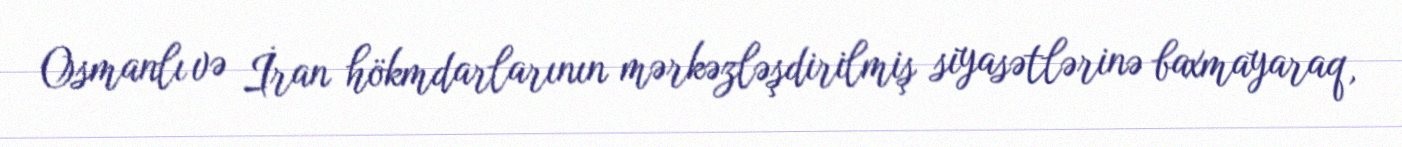
Osmanlı və İran hökmdarlarının mərkəzləşdirilmiş siyasətlərinə baxmayaraq,